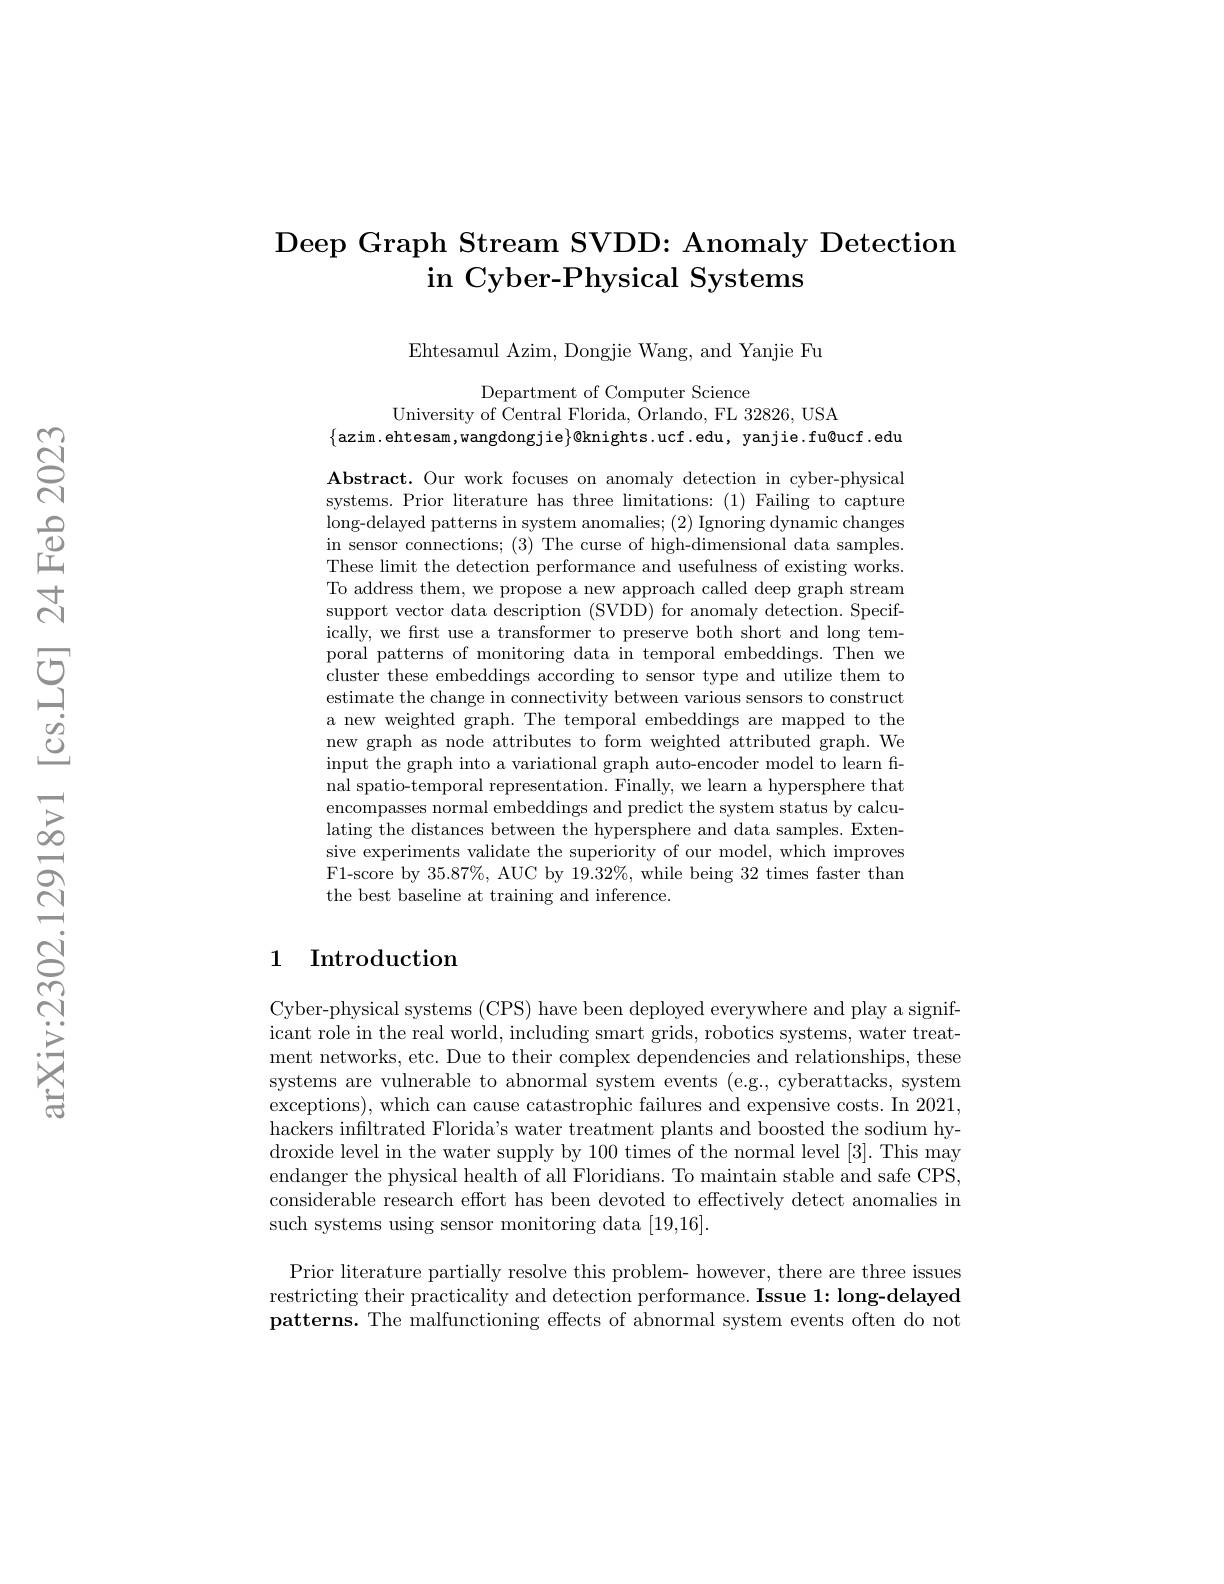
## Deep Graph Stream SVDD: Anomaly Detection in Cyber-Physical Systems

Ehtesamul Azim, Dongjie Wang, and Yanjie Fu

Department of Computer Science
University of Central Florida, Orlando, FL 32826, USA
$\{$azim.ehtesam,wangdongjie$\}$@knights.ucf.edu,yanjie.fu@ucf.edu

Abstract. Our work focuses on anomaly detection in cyber-physical systems. Prior literature has three limitations: (1) Failing to capture long-delayed patterns in system anomalies; (2) Ignoring dynamic changes in sensor connections; (3) The curse of high-dimensional data samples. These limit the detection performance and usefulness of existing works. To address them, we propose a new approach called deep graph stream support vector data description (SVDD) for anomaly detection. Specifically, we frst use a transformer to preserve both short and long temporal patterns of monitoring data in temporal embeddings. Then we cluster these embeddings according to sensor type and utilize them to estimate the change in connectivity between various sensors to construct a new weighted graph. The temporal embeddings are mapped to the new graph as node attributes to form weighted attributed graph. We input the graph into a variational graph auto-encoder model to learn final spatio-temporal representation. Finally, we learn a hypersphere that encompasses normal embeddings and predict the system status by calculating the distances between the hypersphere and data samples. Extensive experiments validate the superiority of our model, which improves F1-score by 35.87%, AUC by 19.32%, while being 32 times faster than the best baseline at training and inference.

## 1 Introduction

Cyber-physical systems (CPS) have been deployed everywhere and play a significant role in the real world, including smart grids, robotics systems, water treatment networks, etc. Due to their complex dependencies and relationships, these systems are vulnerable to abnormal system events (e.g., cyberattacks, system exceptions), which can cause catastrophic failures and expensive costs. In 2021, hackers infiltrated Florida's water treatment plants and boosted the sodium hydroxide level in the water supply by 100 times of the normal level [3]. This may endanger the physical health of all Floridians. To maintain stable and safe CPS, considerable research effort has been devoted to effectively detect anomalies in such systems using sensor monitoring data [19,16].

Prior literature partially resolve this problem- however, there are three issues restricting their practicality and detection performance. Issue 1: long-delayed patterns. The malfunctioning effects of abnormal system events often do not